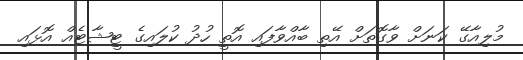
މުލިއާގޭ ކަނަށް ވާގޮތަށް އޭތި ބާއްވާފައި އޮތީ ހުދު ކުލައިގެ ޓީޝާޓެއް އޮޅައި